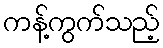
ကန့်ကွက်သည့်